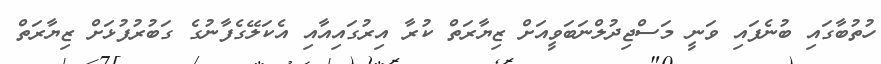
ހުތުބާގައި ބުނެފައި ވަނީ މަސްޖިދުލްނަބަވީއަށް ޒިޔާރަތް ކުރާ އިރުގައިއާއި އެކަލޭގެފާނުގެ ގަބުރުފުޅަށް ޒިޔާރަތް